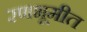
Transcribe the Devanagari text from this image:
रणभूमीत